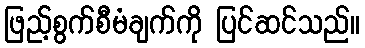
ဖြည့်စွက်စီမံချက်ကို ပြင်ဆင်သည်။